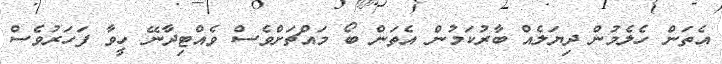
އެތަން ހެލެމުން ދިޔަލެއް ބާރުކަމުން އެތަން ބޯ މައްޗަށްވެސް ވެއްޓިދާނޭ ހީވާ ފަހަރުވެސް